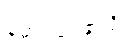
မောင်တောသို့